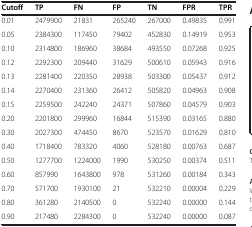
| Cutoff | TP | FN | FP | TN | FPR | TPR |
 | --- | --- | --- | --- | --- | --- | --- |
 | 0.01 | 2479900 | 21831 | 265240 | 267000 | 0.49835 | 0.991 |
 | 0.05 | 2384300 | 117450 | 79402 | 452830 | 0.14919 | 0.953 |
 | 0.10 | 2314800 | 186960 | 38684 | 493550 | 0.07268 | 0.925 |
 | 0.12 | 2292300 | 209440 | 31629 | 500610 | 0.05943 | 0.916 |
 | 0.13 | 2281400 | 220350 | 28938 | 503300 | 0.05437 | 0.912 |
 | 0.14 | 2270400 | 231360 | 26412 | 505820 | 0.04963 | 0.908 |
 | 0.15 | 2259500 | 242240 | 24371 | 507860 | 0.04579 | 0.903 |
 | 0.20 | 2201800 | 299960 | 16844 | 515390 | 0.03165 | 0.880 |
 | 0.30 | 2027300 | 474450 | 8670 | 523570 | 0.01629 | 0.810 |
 | 0.40 | 1718400 | 783320 | 4060 | 528180 | 0.00763 | 0.687 |
 | 0.50 | 1277700 | 1224000 | 1990 | 530250 | 0.00374 | 0.511 |
 | 0.60 | 857990 | 1643800 | 978 | 531260 | 0.00184 | 0.343 |
 | 0.70 | 571700 | 1930100 | 21 | 532210 | 0.00004 | 0.229 |
 | 0.80 | 361280 | 2140500 | 0 | 532240 | 0.00000 | 0.144 |
 | 0.90 | 217480 | 2284300 | 0 | 532240 | 0.00000 | 0.087 |